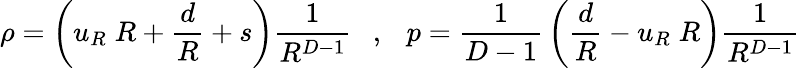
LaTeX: \rho=\left(u_{R}\; R+{\frac{d}{R}}+s\right){\frac{1}{R^{D-1}}}~~~,~~~p={\frac{1}{D-1}}\left({\frac{d}{R}}-u_{R}\; R\right){\frac{1}{R^{D-1}}}